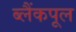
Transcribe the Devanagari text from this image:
ब्लैंकपूल